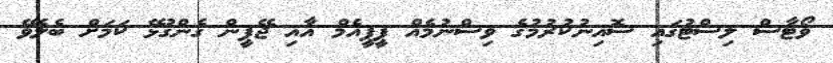
ވޯޓާސް ލިސްޓުގައި ސޮއިނުކުރުމުގެ ވިސްނުމެއް ޕީޕީއެމް އާއި ޖޭޕީން ގެންގުޅޭ ކަމަށް ބެލެވޭ